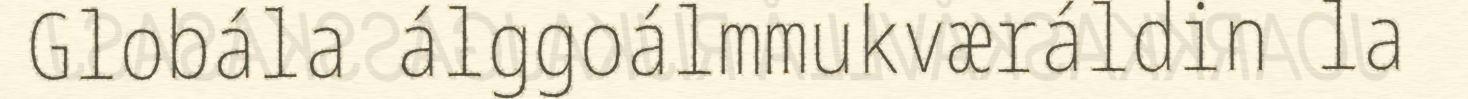
Globála álggoálmmukværáldin la